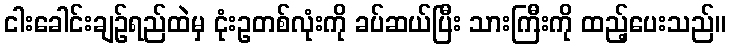
ငါးခေါင်းချဉ်ရည်ထဲမှ ငုံးဥတစ်လုံးကို ခပ်ဆယ်ပြီး သားကြီးကို ထည့်ပေးသည်။